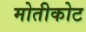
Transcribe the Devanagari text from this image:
मोतीकोट